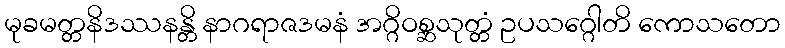
မုခမတ္တနိဒဿနန္တိ နာဂရာဇဒမနံ အဂ္ဂိဝစ္ဆသုတ္တံ ဥပသဂ္ဂေါတိ ကောသတော